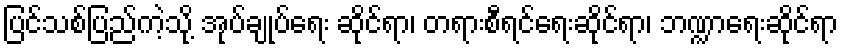
ပြင်သစ်ပြည်ကဲ့သို့ အုပ်ချုပ်ရေး ဆိုင်ရာ၊ တရားစီရင်ရေးဆိုင်ရာ၊ ဘဏ္ဍာရေးဆိုင်ရာ